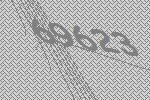
69623